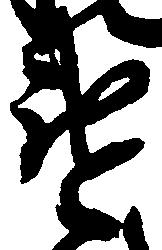
違